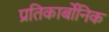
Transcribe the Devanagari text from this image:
प्रतिकार्बोनिक